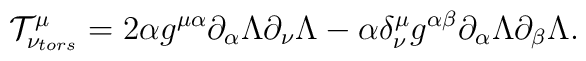
{\cal T}_{\nu_{tors} }^{\mu} =  2\alpha g^{\mu \alpha}\partial_{\alpha}\Lambda \partial_{\nu}\Lambda  - \alpha \delta^{\mu}_{\nu }g^{\alpha \beta} \partial_{\alpha}\Lambda\partial_{\beta}\Lambda .